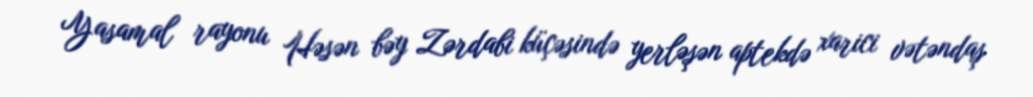
Yasamal rayonu Həsən bəy Zərdabi küçəsində yerləşən aptekdə xarici vətəndaş